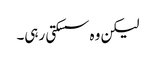
لیکن وہ سسکتی رہی۔